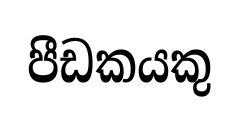
පීඩකයකු